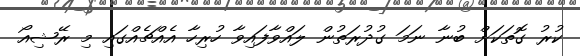
ކުރު ގޮތަކަށް ބުނާ ނަމަ ގުދުރަތުން ލައްވާފައިވާ ހުރިހާ އެއްޗެއްގައި މި ރޭޝިއޯ